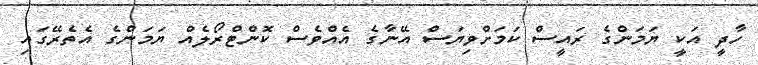
ހާދީ އަކީ ޔަމަންގެ ރައީސް ކަމަށްވިޔަސް އޭނާގެ އެއްވެސް ކޮންޓްރޯލެއް ޔަމަންގެ އެތެރޭގައި